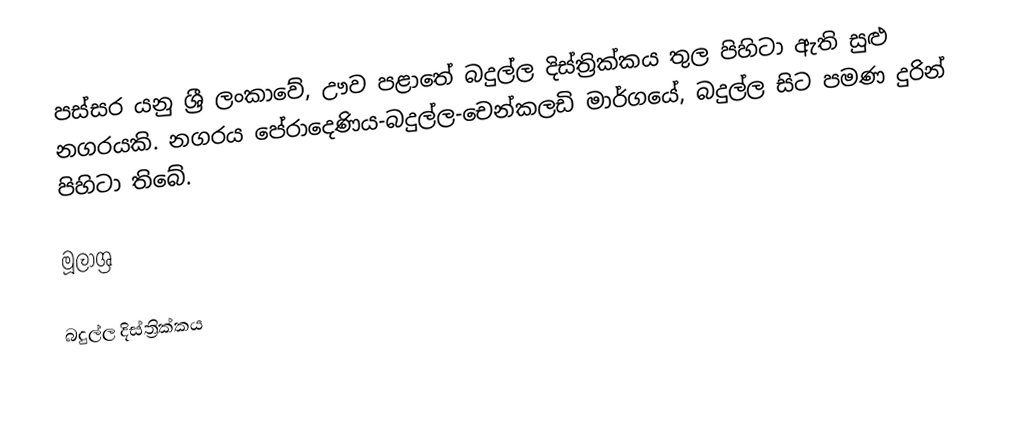
පස්සර යනු ශ්‍රී ලංකාවේ, ඌව පළාතේ බදුල්ල දිස්ත්‍රික්කය තුල පිහිටා ඇති සුළු නගරයකි. නගරය පේරාදෙණිය-බදුල්ල-චෙන්කලඩි මාර්ගයේ, බදුල්ල සිට  පමණ දුරින් පිහිටා තිබේ.

මූලාශ්‍ර

බදුල්ල දිස්ත්‍රික්කය